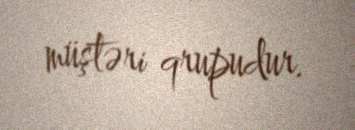
müştəri qrupudur.